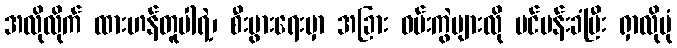
အလိုလိုက် ထားဟန်တူပါရဲ့၊ စီးပွားရေးမှာ အခြား ဝမ်းကွဲများလို ပင်ပန်းခံပြီး ရှာလိုပုံ